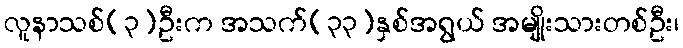
လူနာသစ်(၃)ဦးက အသက်(၃၃)နှစ်အရွယ် အမျိုးသားတစ်ဦး၊